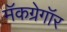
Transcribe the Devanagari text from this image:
मॅकग्रेगॉर